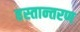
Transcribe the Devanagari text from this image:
हस्‍तान्‍तरण